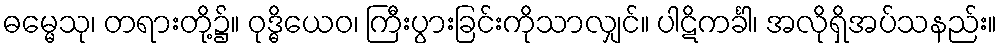
ဓမ္မေသု၊ တရားတို့၌။ ဝုဒ္ဓိယေဝ၊ ကြီးပွားခြင်းကိုသာလျှင်။ ပါဋိကင်္ခါ၊ အလိုရှိအပ်သနည်း။